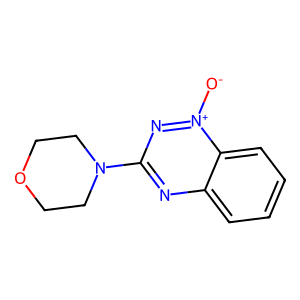
SMILES: [O-][n+]1nc(N2CCOCC2)nc2ccccc21
Inhibits HIV replication: No